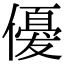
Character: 𬿲